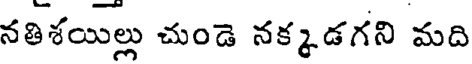
నతిశయిల్లు చుండె నక్కడగని మది